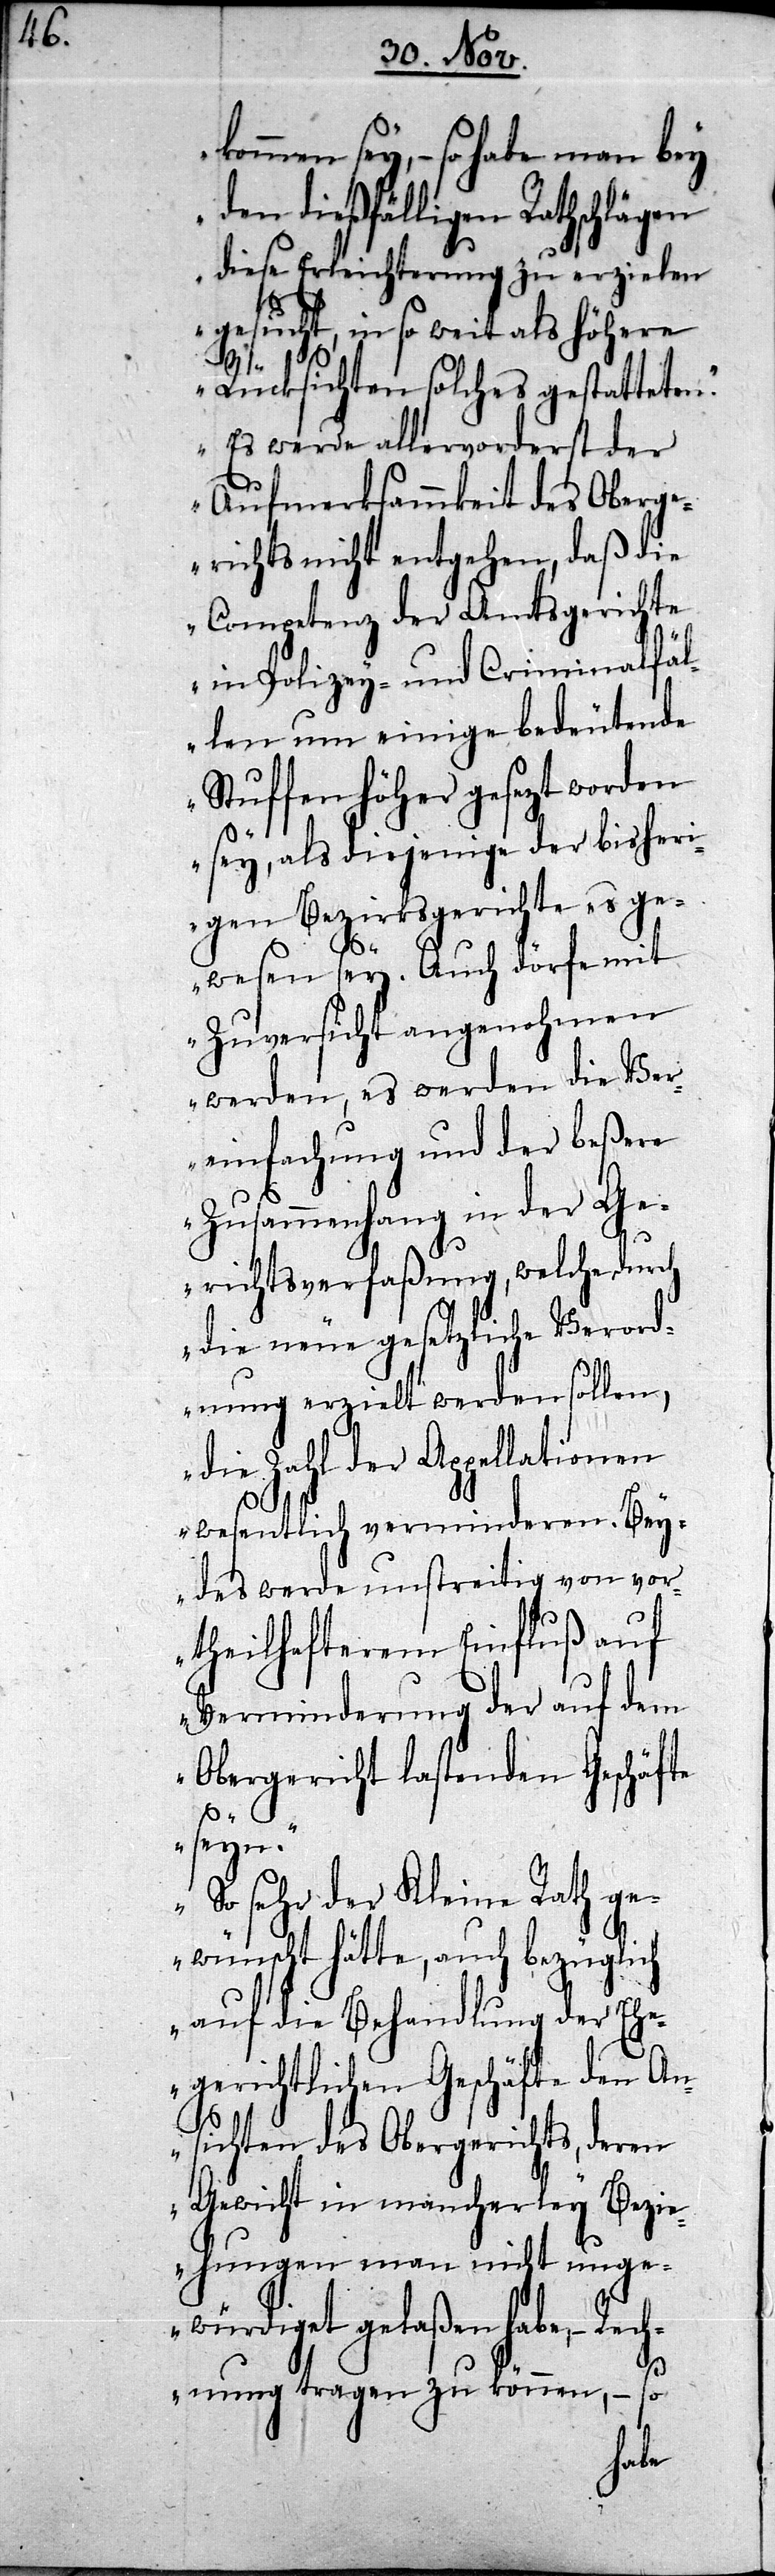
kommen sey, so habe man bey
den dießfälligen Rathschlägen
diese Erleichterung zu erzielen
gesucht, in so weit als höhere
ath
Rücksichten solches gestatteten.
Es werde allervorderst der
Aufmerksammkeit des Oberg¬
erichts nicht entgehen, daß die
Competenz der Amtsgerichte
in Polizey- und Criminalfäl¬
len um einige bedeutende
Stuffen höher gesezt worden
sey, als diejenige der bisheri¬
gen Bezirksgerichte es ge¬
wesen sey. Auch dörfe mit
Zuversicht angenohmen
werden, es werden die Ver¬
einfachung und der beßere
Zusammenhang in der Ge¬
richtsverfaßung, welche durch
die neue gesetzliche Verord¬
nung erzielt werden sollen,
ationen
die Zahl der Appell¬
wesentlich verminderen. Bey¬
vo¬
des werde unstreitig von
rtheilhafterem Einfluß auf
Verminderung der auf dem
Obergericht lastenden Geschäfte
seyn.
So sehr der Kleine R¬
gewünscht hätte, auch bezüglich
auf die Behandlung der Ehe¬
gerichtlichen Geschäfte den An¬
sichten des Obergerichts, deren
Gewicht in mancherley Bezie¬
hungen man nicht unge¬
würdiget gelaßen habe,
Rechnung tragen zu können, – so